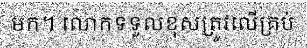
មក។ លោកទទួលខុសត្រូវលើគ្រប់